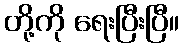
တို့ကို ရေးပြီးပြီ။